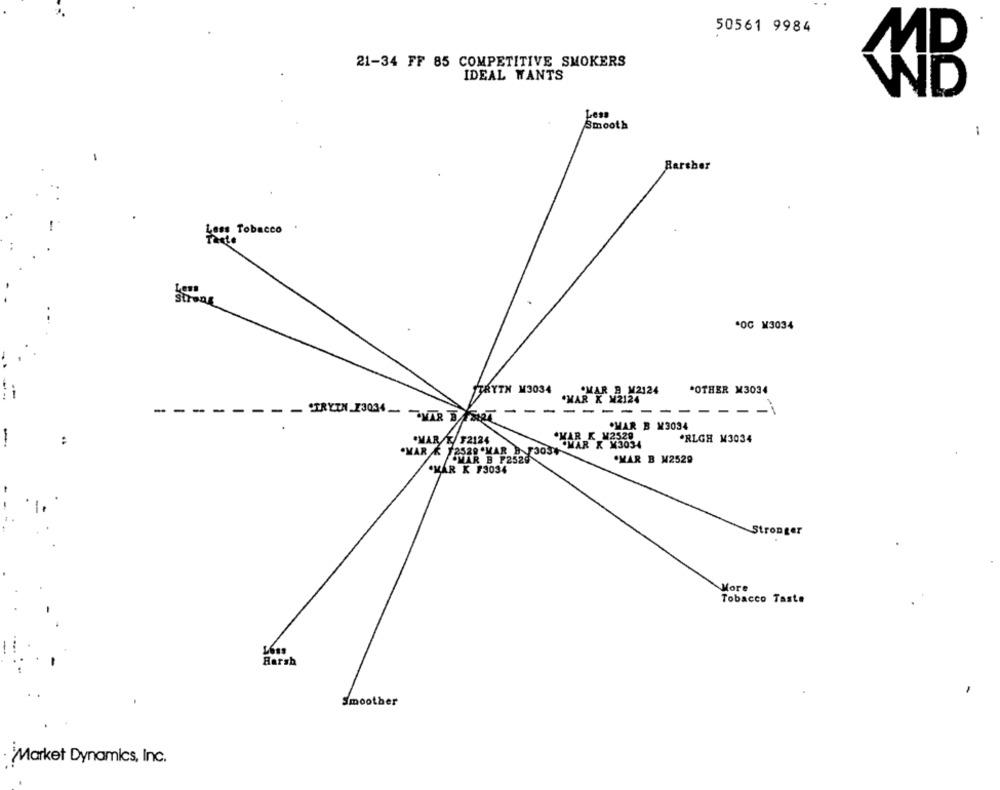
50561 9984
21-34 FF 85 COMPETITIVE SMOKERS
IDEAL WANTS
MB
Less
Smooth
Less Tobacco
That
Less
strong
*OG M3034
STRYTH M3034
OMAR B M2124
*OTHER M3034
.. ..
-
.MAR X M2124
-
-
-
-
-
-
-----
TRYUM 13034- VAR DET
.MAR B M3034
WAR K M2529
-
.RLGH M3034
.MAR & 12529.MAR }
OMAR/T/ F2124
.MAR K X3034
OMAR B P25
320 .HAR303
.MAR B M2529
F2528
OMAR K F3034
Stronger
More
Tobacco Taste
Harsh
Smoother
· Market Dynamics, Inc.